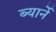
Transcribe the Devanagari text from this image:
ब्यार्ने